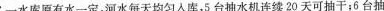
一水库原有水一定，河水每天均匀入库，5台抽水机连续20天可抽干；6台抽